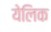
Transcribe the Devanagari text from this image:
येलिक